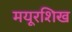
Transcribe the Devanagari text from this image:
मयूरशिख